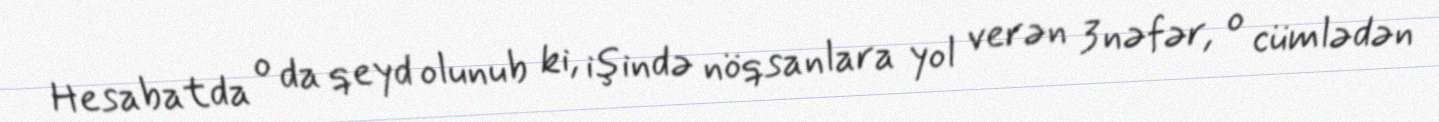
Hesabatda o da qeyd olunub ki, işində nöqsanlara yol verən 3 nəfər, o cümlədən